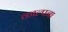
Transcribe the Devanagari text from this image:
काल्पना